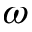
\omega